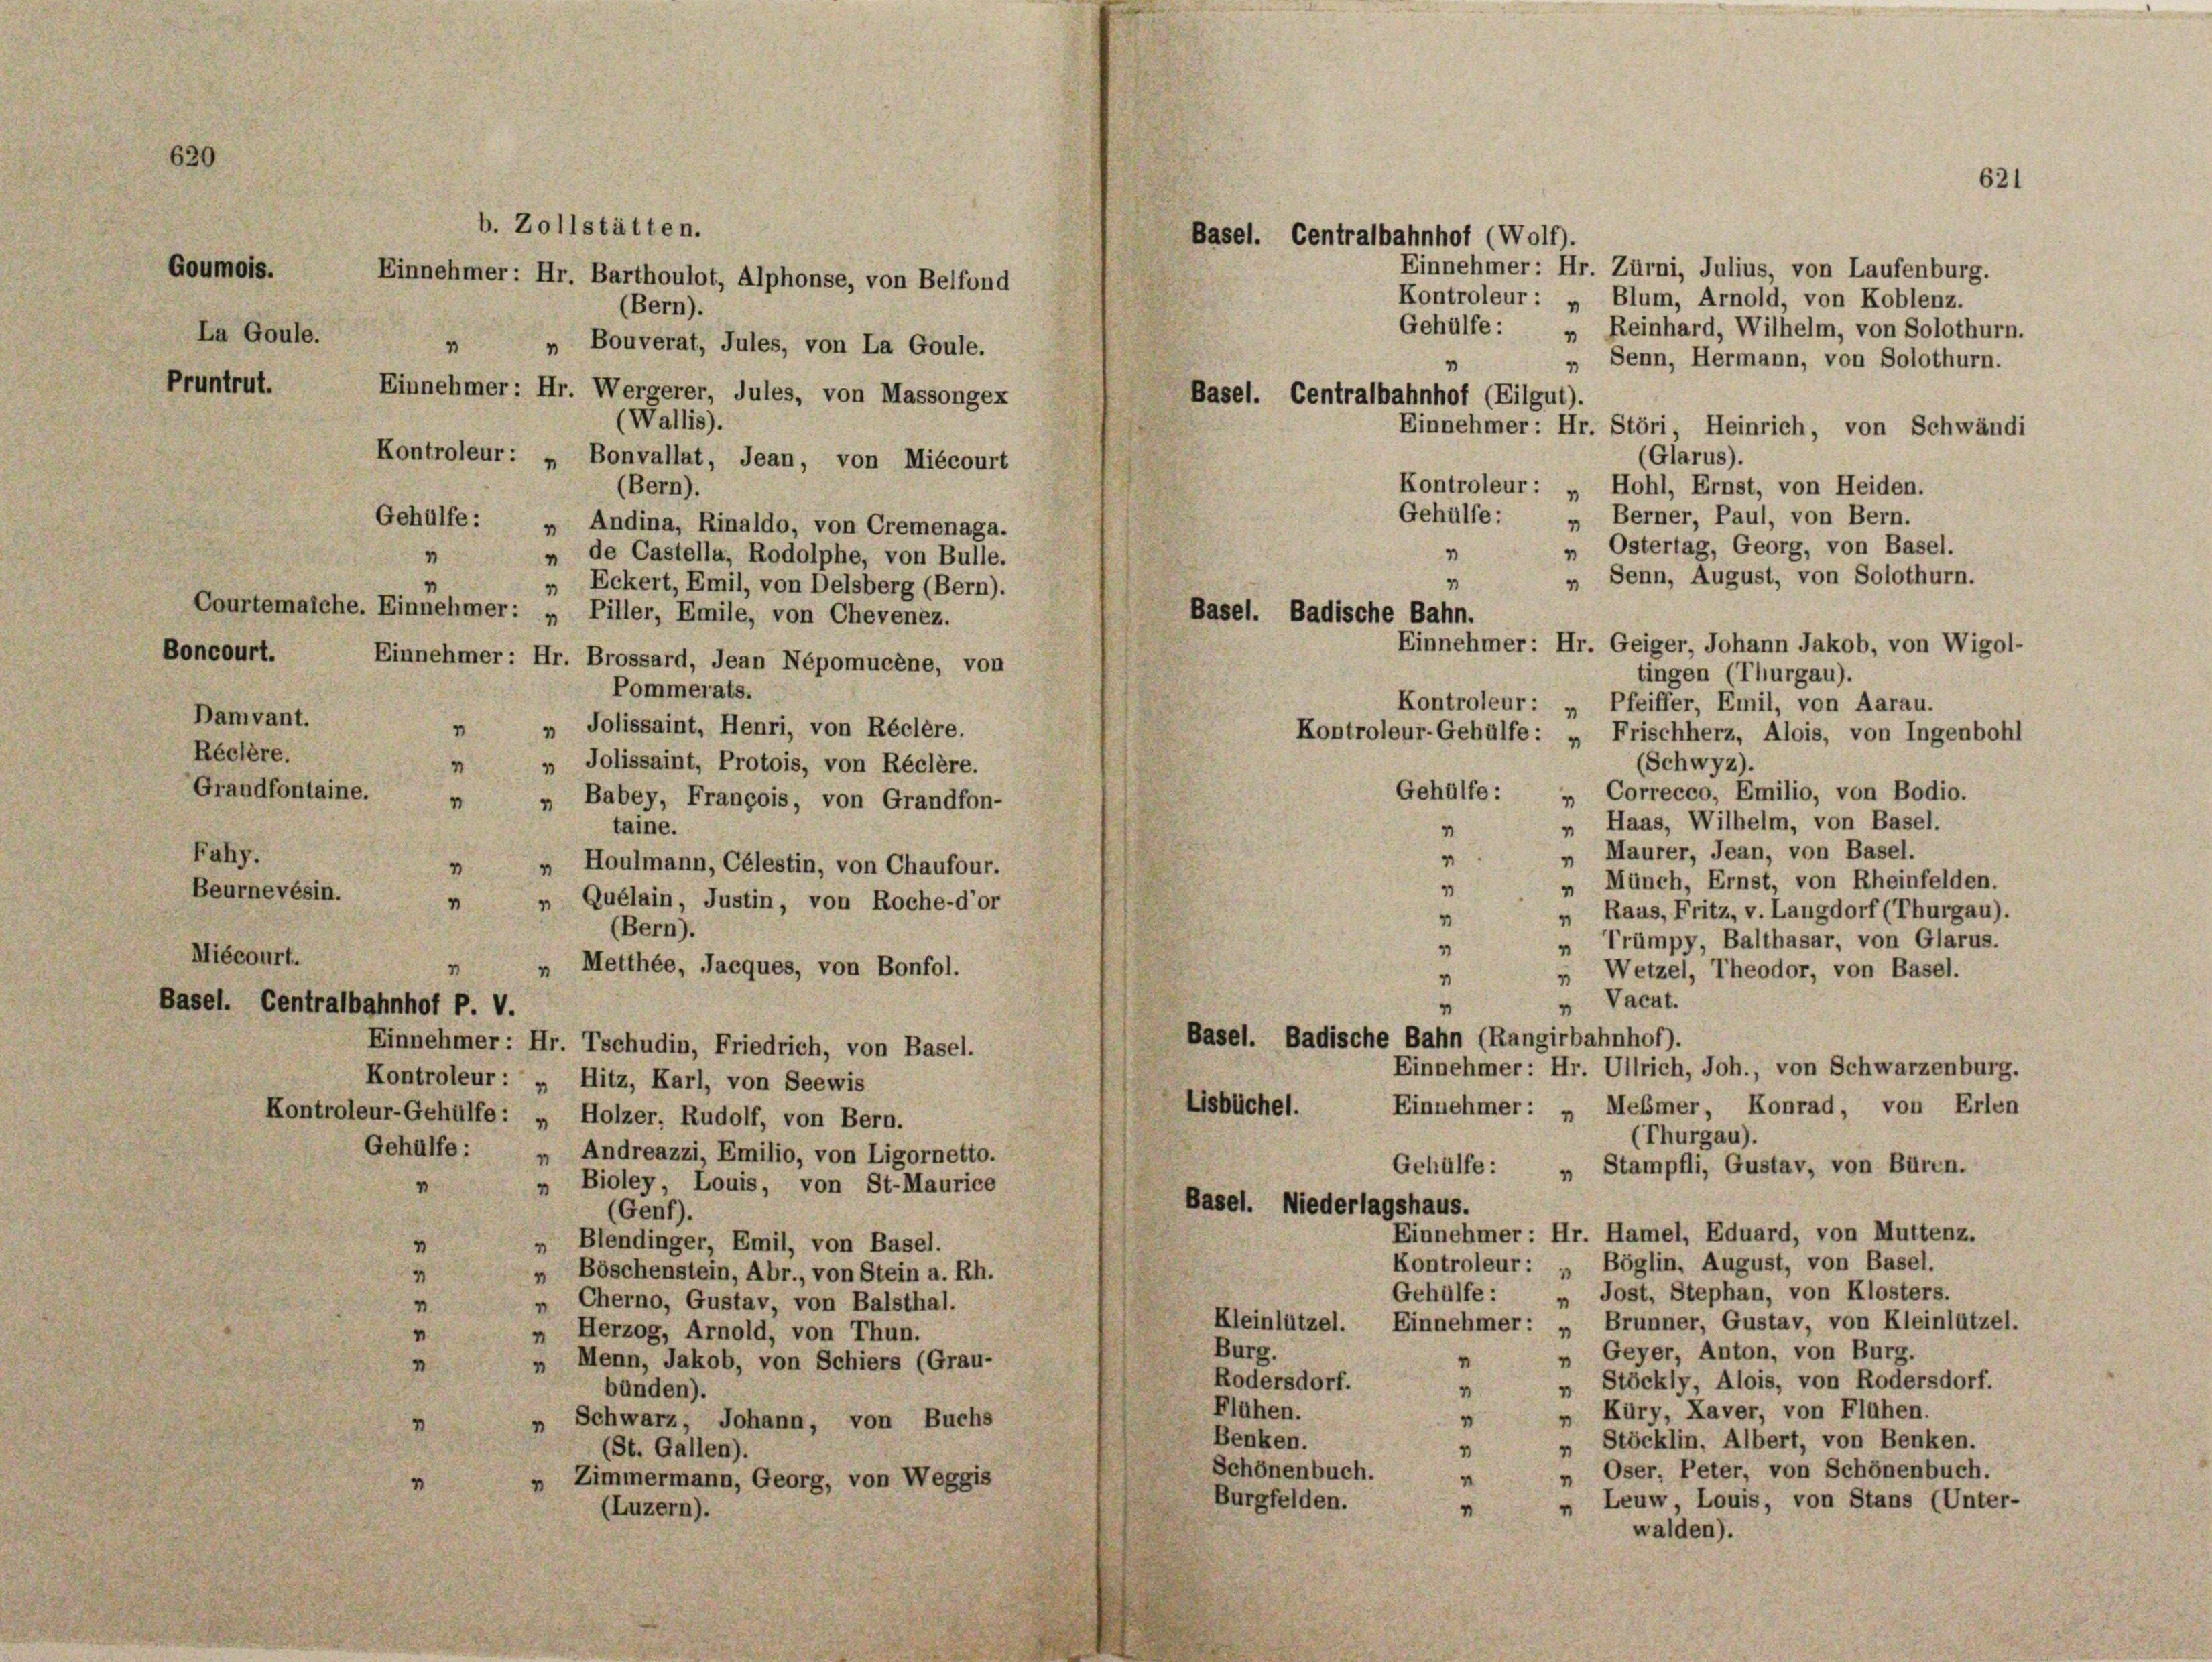
Goumois.
La Goule.
Pruntrut.

620

1
4
Boncourt.
Damvant.
1
Réclère.
m
Grandfontaine.
4
Fuhy.
1
Beurnevésin.
4

Gehülfe:
4
1
Einnehmer: Hr. Störi, Heinrich, von Schwändi
(Glarus).
Gehülfe:
„ Andina, Rinaldo, von Cremenaga.
4
„ de Castella, Rodolphe, von Bulle.
Eckert, Emil, von Delsberg (Bern).
1
Courtemalche. Einnehmer: „ Piller, Emile, von Chevenez.
Einnehmer: Hr. Brossard, Jean Népomucène, von
tingen (Thurgau).
Pommerats.
Kontroleur: „ Pfeiffer, Emil, von Aarau.
„ Jolissaint, Henri, von Réclère.
Kontroleur-Gehülfe: „Frischherz, Alois, von Ingenbohl
(Schwyz).
„ Jolissaint, Protois, von Réclère.
Gehülfe :
„ Correcco, Emilio, von Bodio.
„ Babey, François, von Grandfon-
„ Haas, Wilhelm, von Basel.
1
taine.
„ Maurer, Jean, von Basel.
“
» Houlmann, Célestin, von Chaufour.
„ Münch, Ernst, von Rheinfelden.
„ Quélain, Justin, von Roche-d’or
" Raas, Fritz, v. Langdorf (Thurgau).
4
(Bern).
" Trümpy, Balthasar, von Glarus.
1
Miécourt.
„ Metthée, Jacques, von Bonfol.
2
„ Wetzel, Theodor, von Basel.
“
 Vacat.
Basel. Centralbahnhof P. V.
“
Basel. Badische Bahn (Rangirbahnhof).
Einnehmer: Hr. Tschudin, Friedrich, von Basel.
Einnehmer: Hr. Ullrich, Joh., von Schwarzenburg.
Kontroleur: „ Hitz, Karl, von Seewis
Eisbüchel. Einnehmer: „ Meßmer, Konrad, von Erlen
Kontroleur-Gehülfe: „ Holzer, Rudolf, von Bern.
(Thurgau).
Gehülfe : „ Andreazzi, Emilio, von Ligornetto.
Gehülfe:
„ Stampfli, Gustav, von Büren.
1
„ Bioley, Louis, von St-Maurice
Basel. Niederlagshaus.
(Genf).
Einnehmer: Hr. Hamel, Eduard, von Muttenz.
„ Blendinger, Emil, von Basel.
4
Kontroleur: „ Böglin, August, von Basel.
4
„ Böschenstein, Abr., von Stein a. Rh.
„ Jost, Stephan, von Klosters.
Gehülfe :
„ Cherno, Gustav, von Balsthal.
m
Kleinlützel. Einnehmer: „ Brunner, Gustav, von Kleinlützel.
n Herzog, Arnold, von Thun.
“
Burg.
Geyer, Anton, von Burg.
n
Menn, Jakob, von Schiers (Grau-
1
1
„ Stöckly, Alois, von Rodersdorf.
Rodersdorf.
bünden).
4
Flühen.
Küry, Kaver, von Flühen.
4
4
" Schwarz, Johann, von Buchs
Stöcklin, Albert, von Benken.
Benken.
(St. Gallen).
1
4
Oser, Peter, von Schönenbuch.
Schönenbuch.
“
n
 Zimmermann, Georg, von Weggis
Burgfelden.
" Leuw, Louis, von Stans (Unter-
(Luzern).
4
walden).

b. Zollstätten.
Kontroleur: „ Bonvallat, Jean, von Miécourt
(Bern).

Gehülfe:

Einnehmer: Hr. Barthoulot, Alphonse, von Belfond
(Bern).
 „ Bouverat, Jules, von La Goule.
Einnehmer: Hr. Wergerer, Jules, von Massongex
(Wallis).

Basel. Centralbahnhof (Wolf).

"
Basel. Centralbahnhof (Eilgut).

1
1
Basel. Badische Bahn.

Kontroleur: „ Hohl, Ernst, von Heiden.

„ Berner, Paul, von Bern.
Ostertag, Georg, von Basel.
„ Senn, August, von Solothurn.

Einnehmer: Hr. Geiger, Johann Jakob, von Wigol-

621

Einnehmer: Hr. Zürni, Julius, von Laufenburg.
Kontroleur: „ Blum, Arnold, von Koblenz.
Reinhard, Wilhelm, von Solothurn.
Senn, Hermann, von Solothurn.